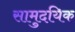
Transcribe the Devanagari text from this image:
सामुदयिक